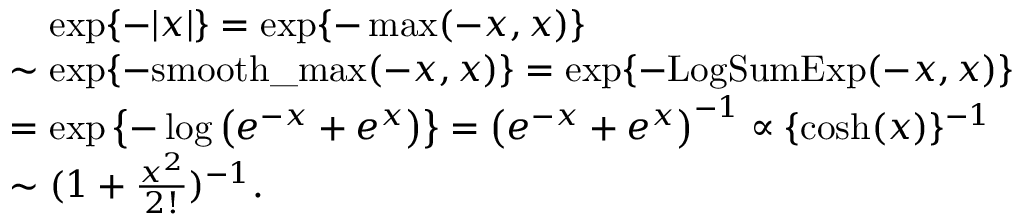
\begin{array} { r l } & { \mathrel { \phantom { = } } \exp \{ - | x | \} = \exp \{ - \operatorname* { m a x } ( - x , x ) \} } \\ & { \sim \exp \{ - \mathrm { s m o o t h \_ m a x } ( - x , x ) \} = \exp \{ - \mathrm { L o g S u m E x p } ( - x , x ) \} } \\ & { = \exp \left\{ - \log \left( e ^ { - x } + e ^ { x } \right) \right\} = \left( e ^ { - x } + e ^ { x } \right) ^ { - 1 } \propto \{ \cosh ( x ) \} ^ { - 1 } } \\ & { \sim \textstyle ( 1 + \frac { x ^ { 2 } } { 2 ! } ) ^ { - 1 } . } \end{array}